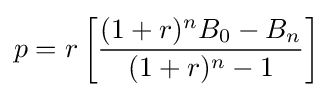
p=r\left[{\frac {(1+r)^{n}B_{0}-B_{n}}{(1+r)^{n}-1}}\right]